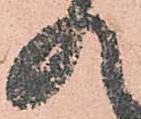
入